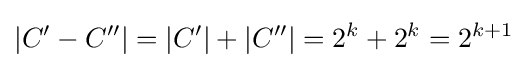
|C'-C''|=|C'|+|C''|=2^{k}+2^{k}=2^{k+1}